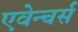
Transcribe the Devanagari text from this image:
एवेन्चर्स